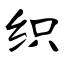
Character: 织